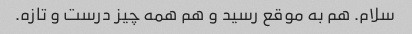
سلام. هم به موقع رسید و هم همه چیز درست و تازه.